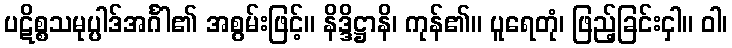
ပဋိစ္စသမုပ္ပါဒ်အင်္ဂါ၏ အစွမ်းဖြင့်။ နိဒ္ဒိဋ္ဌာနိ၊ ကုန်၏။ ပူရေတုံ၊ ဖြည့်ခြင်းငှါ။ ဝါ၊